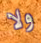
ولا